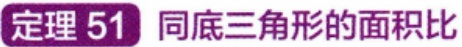
定理 51 同底三角形的面积比